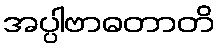
အပ္ပါဗာဓတာတိ